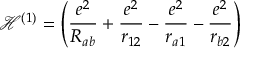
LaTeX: { \mathcal { H } } ^ { ( 1 ) } = \left( { \frac { e ^ { 2 } } { R _ { a b } } } + { \frac { e ^ { 2 } } { r _ { 1 2 } } } - { \frac { e ^ { 2 } } { r _ { a 1 } } } - { \frac { e ^ { 2 } } { r _ { b 2 } } } \right)